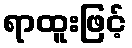
ရာထူးဖြင့်